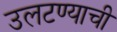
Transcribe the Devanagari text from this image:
उलटण्याची